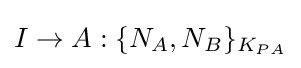
I\rightarrow A:\{N_{A},N_{B}\}_{K_{PA}}